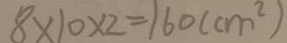
8 \times 1 0 \times 2 = 1 6 0 ( c m ^ { 2 } )